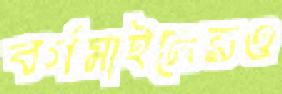
বর্গমাইলেরও